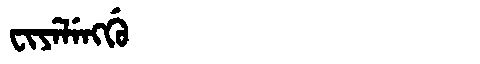
Manchu: ᠸᡳᠶᡝᠯᡝᠩᡤᡠ
Romanization: FIYELENGGU